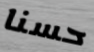
حسنا